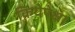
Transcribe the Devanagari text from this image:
क्रियेपेक्षा